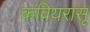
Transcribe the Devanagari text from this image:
कवियरासू